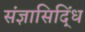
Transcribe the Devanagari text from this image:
संज्ञासिद्धिं